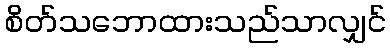
စိတ်သဘောထားသည်သာလျှင်